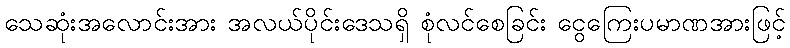
သေဆုံးအလောင်းအား အလယ်ပိုင်းဒေသရှိ စုံလင်စေခြင်း ငွေကြေးပမာဏအားဖြင့်